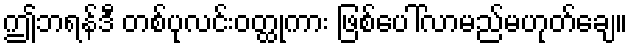
ဤဘရန်ဒီ တစ်ပုလင်းဝတ္ထုကား ဖြစ်ပေါ်လာမည်မဟုတ်ချေ။